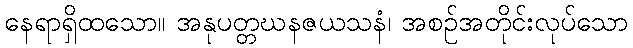
နေရာရှိထသော။ အနုပတ္တဃနဇယသနံ၊ အစဉ်အတိုင်းလုပ်သော